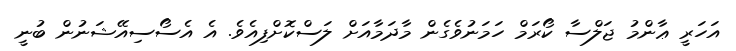
އަހަރީ ޢާންމު ޖަލްސާ ކޯރަމް ހަމަނުވެގެން މާދަމާއަށް ލަސްކޮށްފިއެވެ. އެ އެސޯސިއޭޝަނުން ބުނީ